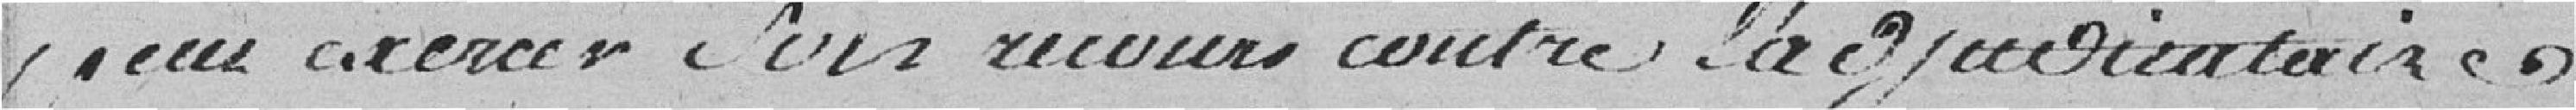
pour exercer son recours contre l'adjudicataire